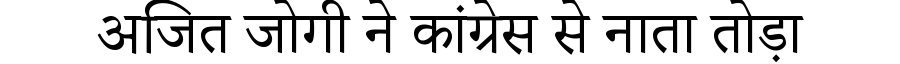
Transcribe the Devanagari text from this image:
अजित जोगी ने कांग्रेस से नाता तोड़ा